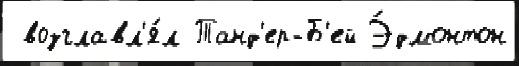
 возглавл'я́л Танд'ер-Б'ей Э́дмонтон